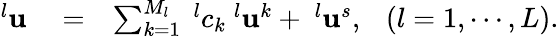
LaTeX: \begin{array}{rlr}{^l{\mathbf u}}&{{}=}&{\sum_{k=1}^{M_{l}}~^{l}c_{k}~^{l}{\mathbf u}^{k}+~^{l}{\mathbf u}^{s},~~~(l=1,\cdots,L).}\end{array}